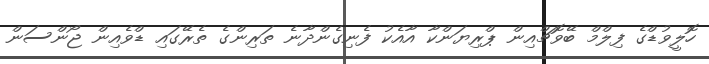
ހޮލީވުޑްގެ ފިލްމް ބޭވޮޗްއިން ޕްރިޔަންކާ އާއެކު ފެނިގެންދާނެ ތަރިންގެ ތެރޭގައި ޑްވެއިން ޖޯންސަން